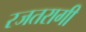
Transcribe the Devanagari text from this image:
रजतरागी